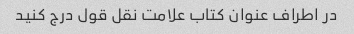
در اطراف عنوان کتاب علامت نقل قول درج کنید